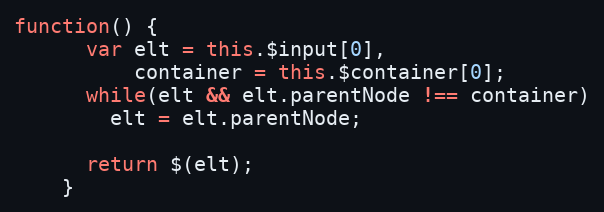
Language: JavaScript
function() {
      var elt = this.$input[0],
          container = this.$container[0];
      while(elt && elt.parentNode !== container)
        elt = elt.parentNode;

      return $(elt);
    }